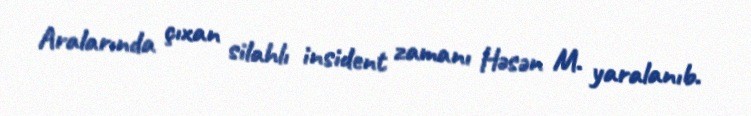
Aralarında çıxan silahlı insident zamanı Həsən M. yaralanıb.